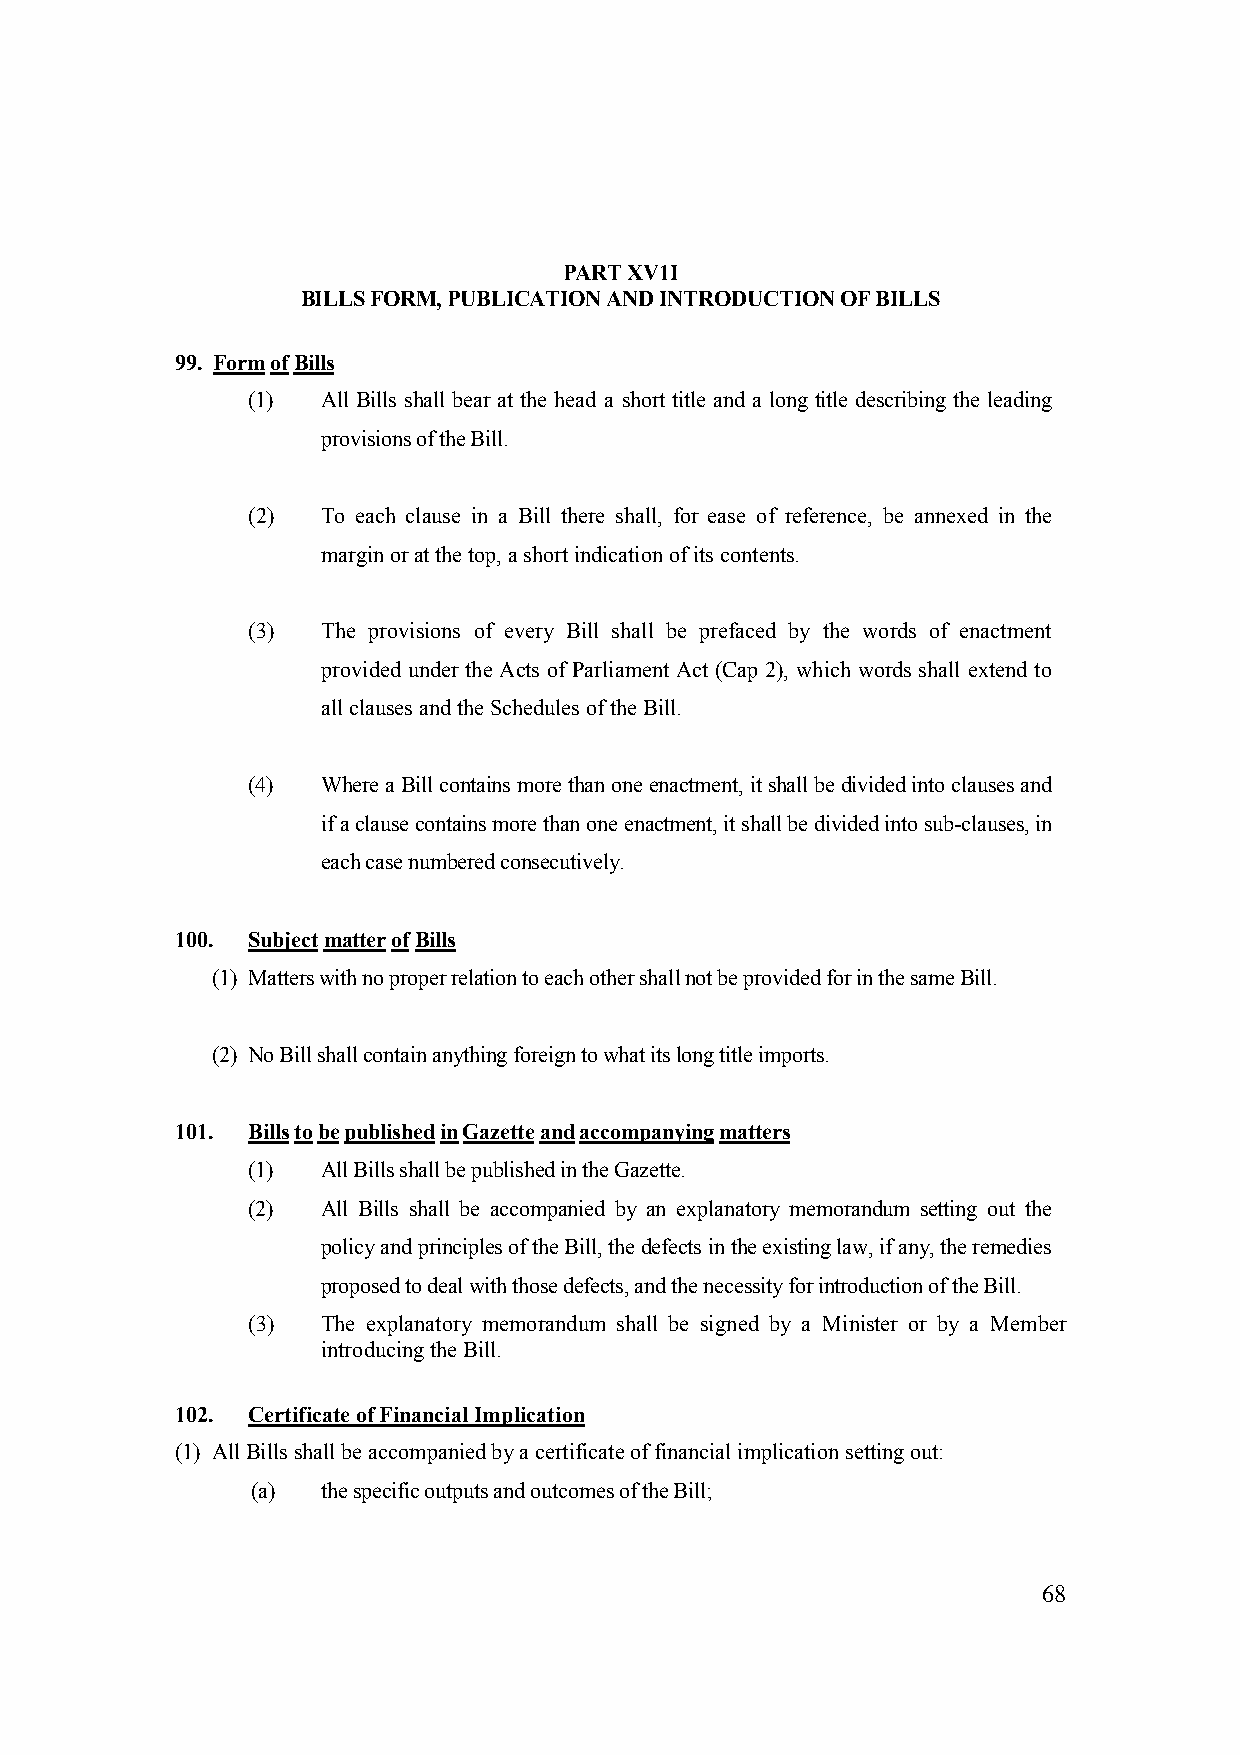
PART XV1I
 BILLS FORM, PUBLICATION AND INTRODUCTION OF BILLS
 99. Form of Bills
 (1)  All Bills shall bear at the head a short title and a long title describing the leading
 provisions of the Bill.
 (2)  To each clause in a Bill there shall, for ease of reference, be annexed in the
 margin or at the top, a short indication of its contents.
 (3)  The provisions of every Bill shall be prefaced by the words of enactment
 provided under the Acts of Parliament Act (Cap 2), which words shall extend to
 all clauses and the Schedules of the Bill.
 (4)  Where a Bill contains more than one enactment, it shall be divided into clauses and
 if a clause contains more than one enactment, it shall be divided into sub-clauses, in
 each case numbered consecutively.
 100. Subject matter of Bills
 (1) Matters with no proper relation to each other shall not be provided for in the same Bill.
 (2) No Bill shall contain anything foreign to what its long title imports.
 101. Bills to be published in Gazette and accompanying matters
 (1)  All Bills shall be published in the Gazette.
 (2)  All Bills shall be accompanied by an explanatory memorandum setting out the
 policy and principles of the Bill, the defects in the existing law, if any, the remedies
 proposed to deal with those defects, and the necessity for introduction of the Bill.
 (3)  The explanatory memorandum shall be signed by a Minister or by a Member
 introducing the Bill.
 102. Certificate of Financial Implication
 (1) All Bills shall be accompanied by a certificate of financial implication setting out:
 (a) the specific outputs and outcomes of the Bill;
 68